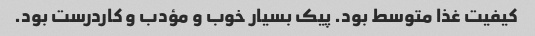
کیفیت غذا متوسط بود. پیک بسیار خوب و مؤدب و کاردرست بود.